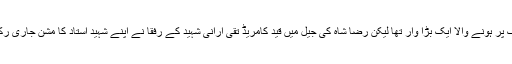
یہ ایرانی کمیونسٹ تحریک پر ہونے والا ایک بڑا وار تھا لیکن رضا شاہ کی جیل میں قید کامریڈ تقی ارانی شہید کے رفقا نے اپنے شہید استاد کا مشن جاری رکھنے کی قسم کھائی تھی ۔